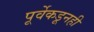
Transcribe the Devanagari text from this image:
पूर्वेकडूनही